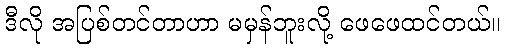
ဒီလို အပြစ်တင်တာဟာ မမှန်ဘူးလို့ ဖေဖေထင်တယ်။